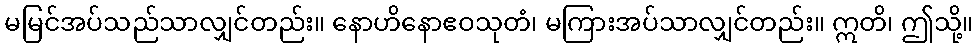
မမြင်အပ်သည်သာလျှင်တည်း။ နောဟိနောဧဝသုတံ၊ မကြားအပ်သာလျှင်တည်း။ ဣတိ၊ ဤသို့။